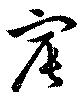
宸